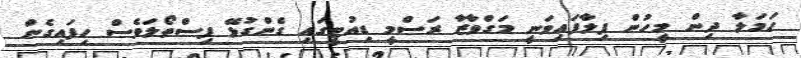
ހަމަލާ ދިން މީހުން ފިލާފައިވަނީ މަގްވާޒާ ރަސްމީ ޑިއުޓީގައި ގެންގުޅޭ ފިސްތޯލަވެސް ހިފައިގެން